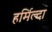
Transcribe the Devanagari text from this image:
हर्मिल्दा